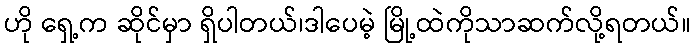
ဟို ရှေ့က ဆိုင်မှာ ရှိပါတယ်၊ဒါပေမဲ့ မြို့ထဲကိုသာဆက်လို့ရတယ်။